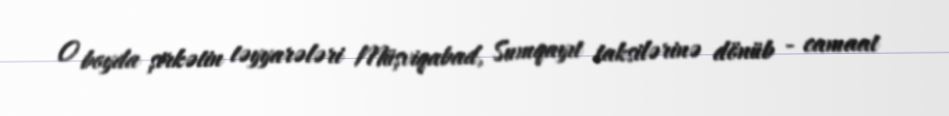
O boyda şirkətin təyyarələri Müşviqabad, Sumqayıt taksilərinə dönüb - camaat